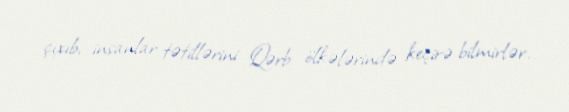
çıxıb, insanlar tətillərini Qərb ölkələrində keçirə bilmirlər.